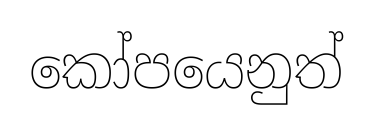
කෝපයෙනුත්